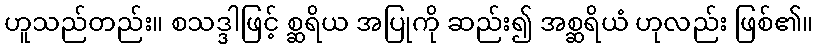
ဟူသည်တည်း။ စသဒ္ဒါဖြင့် စ္ဆရိယ အပြုကို ဆည်း၍ အစ္ဆရိယံ ဟုလည်း ဖြစ်၏။